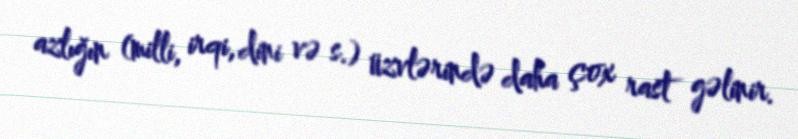
azlığın (milli, irqi, dini və s.) üzvlərində daha çox rast gəlinir.